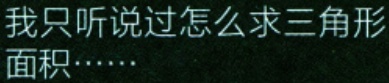
我只听说过怎么求三角形面积……